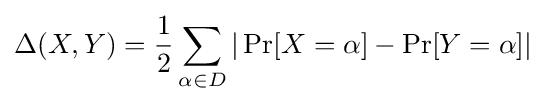
\Delta (X,Y)={\frac {1}{2}}\sum _{\alpha \in D}|\Pr[X=\alpha ]-\Pr[Y=\alpha ]|